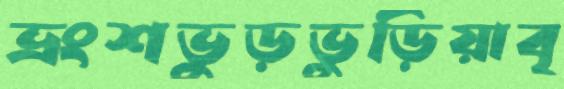
ভ্রংশভুড়ভুড়িয়াবৃ